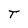
Character: T